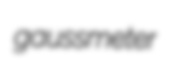
gaussmeter